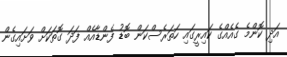
އަދި ކޮންމެ ގެއެއްގެ ކައިރީގައި ހަތަރެސްކަން ބޮޑު ފެންޑާއެއް ފަދަ ގޮތަކަށް ވަށައިގެން